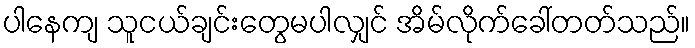
ပါနေကျ သူငယ်ချင်းတွေမပါလျှင် အိမ်လိုက်ခေါ်တတ်သည်။